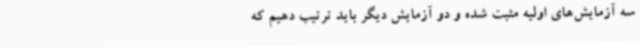
سه آزمایش‌های اولیه مثبت شده و دو آزمایش دیگر باید ترتیب دهیم که